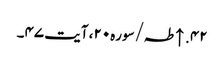
۴۲. ↑ طہ/سوره۲۰، آیت ۴۷۔